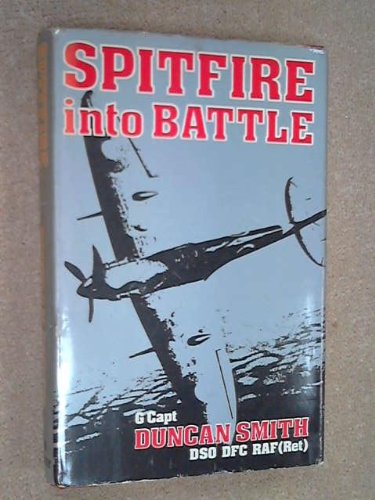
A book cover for Spitfire into battle; W. G. G Duncan Smith; Engineering & Transportation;